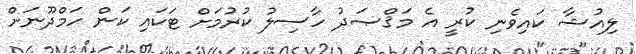
ލިއުޝާ ކައިވެނި ކުރީ އެ މަޤްޞަދު ހާސިލު ކުރުމަށް ޓަކައި ކަން ހަމްދޫނަށް